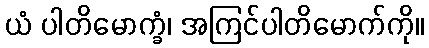
ယံ ပါတိမောက္ခံ၊ အကြင်ပါတိမောက်ကို။